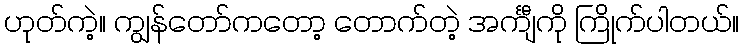
ဟုတ်ကဲ့။ ကျွန်တော်ကတော့ တောက်တဲ့ အင်္ကျီကို ကြိုက်ပါတယ်။